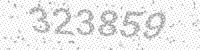
Solution: 323859